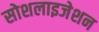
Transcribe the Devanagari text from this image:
सोशलाइजेशन